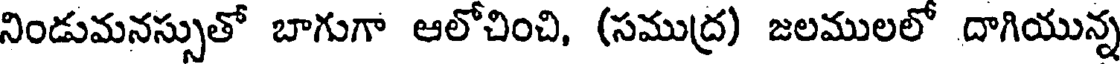
నిండుమనస్సుతో బాగుగా ఆలోచించి, (సముద్ర) జలములలో దాగియున్న